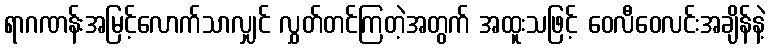
ရာဂဏန်းအမြင့်လောက်သာလျှင် လွှတ်တင်ကြတဲ့အတွက် အထူးသဖြင့် ဝေလီဝေလင်းအချိန်နဲ့